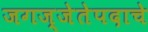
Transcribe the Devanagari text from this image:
जगज्जेतेपदाचे